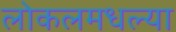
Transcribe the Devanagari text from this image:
लोकलमधल्या